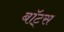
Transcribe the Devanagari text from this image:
बॉट्स